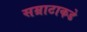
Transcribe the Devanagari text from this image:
सम्राटाकडे